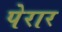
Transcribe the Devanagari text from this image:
पेरार